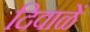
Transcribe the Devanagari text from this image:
दिवाळें